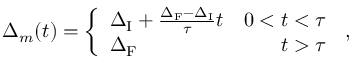
\Delta _ { m } ( t ) = \left\{ \begin{array} { l r } { \Delta _ { \mathrm { I } } + \frac { \Delta _ { \mathrm { F } } - \Delta _ { \mathrm { I } } } { \tau } t } & { 0 < t < \tau } \\ { \Delta _ { \mathrm { F } } } & { t > \tau } \end{array} \right. \, ,